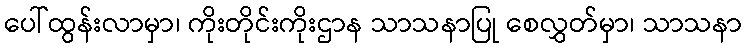
ပေါ်ထွန်းလာမှာ၊ ကိုးတိုင်းကိုးဌာန သာသနာပြု စေလွှတ်မှာ၊ သာသနာ